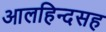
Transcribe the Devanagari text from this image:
आलहिन्दसह